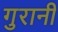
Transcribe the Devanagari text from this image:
गुरानी